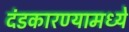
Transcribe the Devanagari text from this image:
दंडकारण्यामध्ये